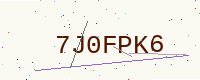
Text: 7J0FPK6